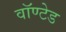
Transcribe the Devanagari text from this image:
वॉण्टेड